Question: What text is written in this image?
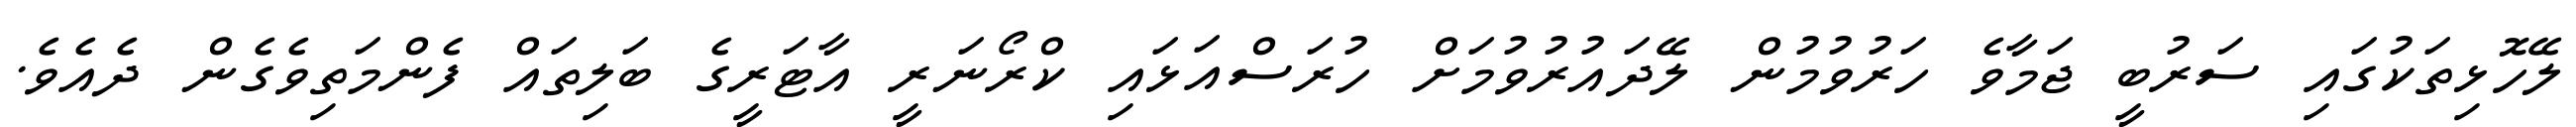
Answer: ލޭހޮޅިތަކުގައި ސަރުބީ ޖަމާވެ ހަރުވުމުން ލޭދައުރުވުމަށް ހުރަސްއަޅައި ކްރޯނަރީ އާޓަރީގެ ބަލިތައް ފެންމަތިވެގެން ދެއެވެ.